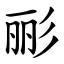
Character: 彨